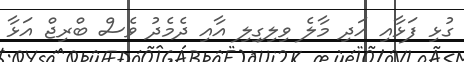
ގުޅި ފަޅާއި އަދި މާލެ ވިލިގިލި އާއި ދެމެދު ވެސް ބްރިޖް އަޅާ